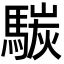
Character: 𩤧